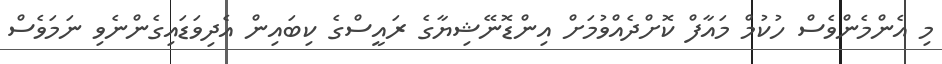
މި އެންމެންވެސް ހުކުމް މައާފް ކޮށްދެއްވުމަށް އިންޑޮނޭޝިޔާގެ ރައީސްގެ ކިބައިން އެދިވަޑައިގެންނެވި ނަމަވެސް